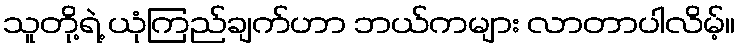
သူတို့ရဲ့ ယုံကြည်ချက်ဟာ ဘယ်ကများ လာတာပါလိမ့်။